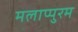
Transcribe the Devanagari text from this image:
मलाप्पुरम